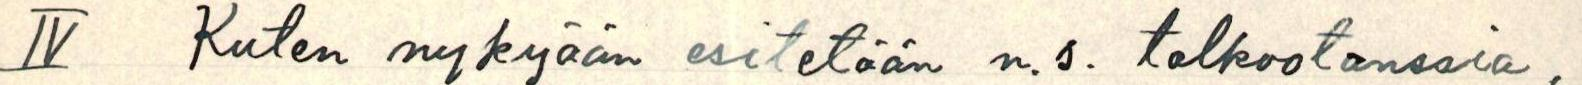
IV Kuten nykyään esitetään n.s. talkootanssia,